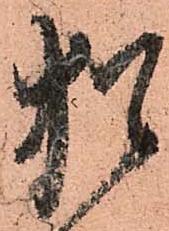
猶